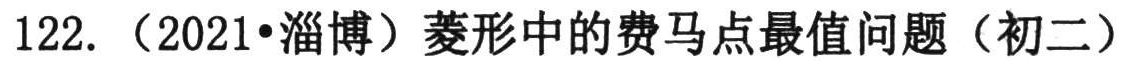
122. （2021•淄博）菱形中的费马点最值问题（初二）